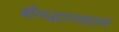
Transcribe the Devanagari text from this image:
श्रीमद्भागवतम